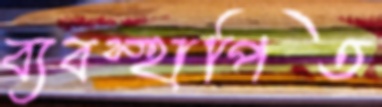
ব্যবস্হাপিত